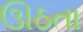
ઊઠતા